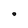
Character: O